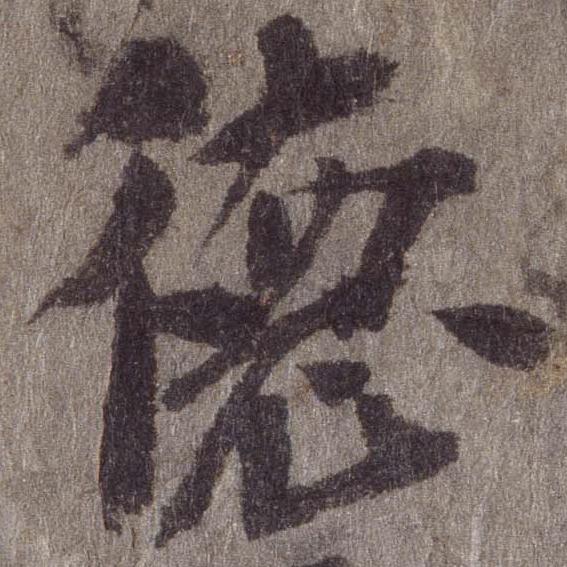
徳